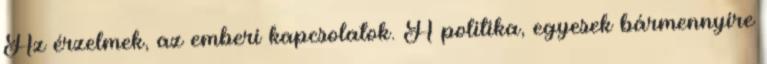
Az érzelmek, az emberi kapcsolatok. A politika, egyesek bármennyire